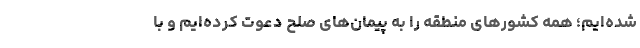
شده‌ایم؛ همه کشورهای منطقه را به پیمان‌های صلح دعوت کرده‌ایم و با